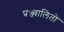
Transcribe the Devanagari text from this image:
प्रज्ज्वालितो